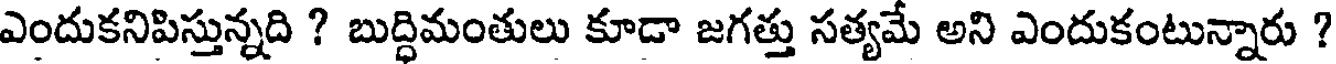
ఎందుకనిపిస్తున్నది ? బుద్ధిమంతులు కూడా జగత్తు సత్యమే అని ఎందుకంటున్నారు ?